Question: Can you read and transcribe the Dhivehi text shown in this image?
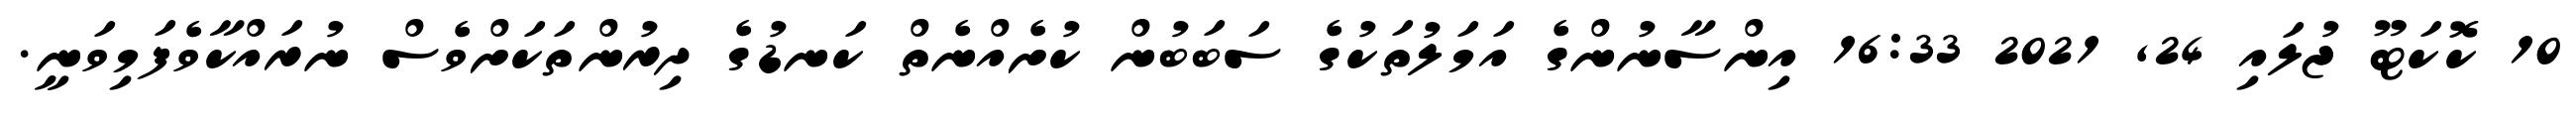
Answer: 10 ކޮކަޓޫ ޖުލައި 24, 2021 16:33 އިންސާނުންގެ އަމަލުތަކުގެ ސަބަބުން ކުށެއްނެތް ކަނޑުގެ ދިރުންތަކަށްވެސް ނުރައްކާވެފަމިވަނީ.